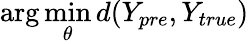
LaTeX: \arg\operatorname*{min}_{\theta}d(Y_{pre},Y_{true})